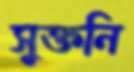
সুক্তনি